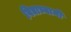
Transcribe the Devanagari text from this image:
विद्याभ्यामी